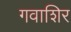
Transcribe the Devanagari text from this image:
गवाशिर